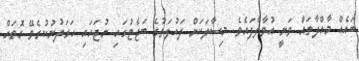
ބައެއް މާއްދާތައް ވަނީ އުވާލާފައެވެ. މިސާލަކަށް ދައުލަތުގެ ބަޖެޓުގައި ނުޖަހައި ހަރަދުނުކުރެވޭ ގޮތަށް